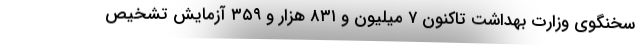
سخنگوی وزارت بهداشت تاکنون ۷ میلیون و ۸۳۱ هزار و ۳۵۹ آزمایش تشخیص